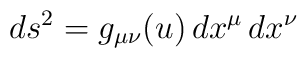
ds^2 = g_{\mu\nu}(u)\, dx^{\mu}\, dx^{\nu}